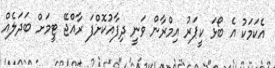
އެކަމަކު އެ ބޯޅަ ކީޕަރު އިމްރާން ވަނީ ދިފާއުކޮށްފަ ރާއްޖޭ ޓީމަށް ބަދަލެއް